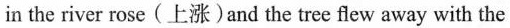
in the river rose(上涨)and the tree flew away with the